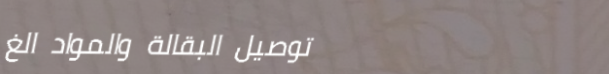
توصيل البقالة والمواد الغ